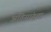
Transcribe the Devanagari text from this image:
अतिसांद्रता